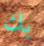
بك